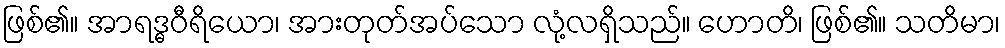
ဖြစ်၏။ အာရဒ္ဓဝီရိယော၊ အားတုတ်အပ်သော လုံ့လရှိသည်။ ဟောတိ၊ ဖြစ်၏။ သတိမာ၊